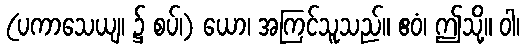
(ပကာသေယျ၊ ၌ စပ်၊) ယော၊ အကြင်သူသည်။ ဧဝံ၊ ဤသို့။ ဝါ၊